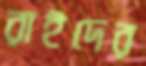
রাইদের